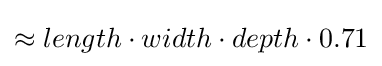
\approx length\cdot width\cdot depth\cdot 0.71